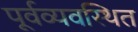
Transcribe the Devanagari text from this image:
पूर्वव्यवस्थित